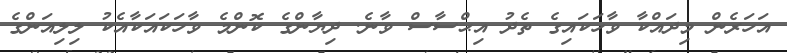
އަހަރެން މިދައްކާ ވާހަކައިގެ ތެދު އިޙްސާސް ވާނެ. ދިޔާންގެ ކޮންމެ ވާހަކައަކާއެކު ލިލިއަންގެ